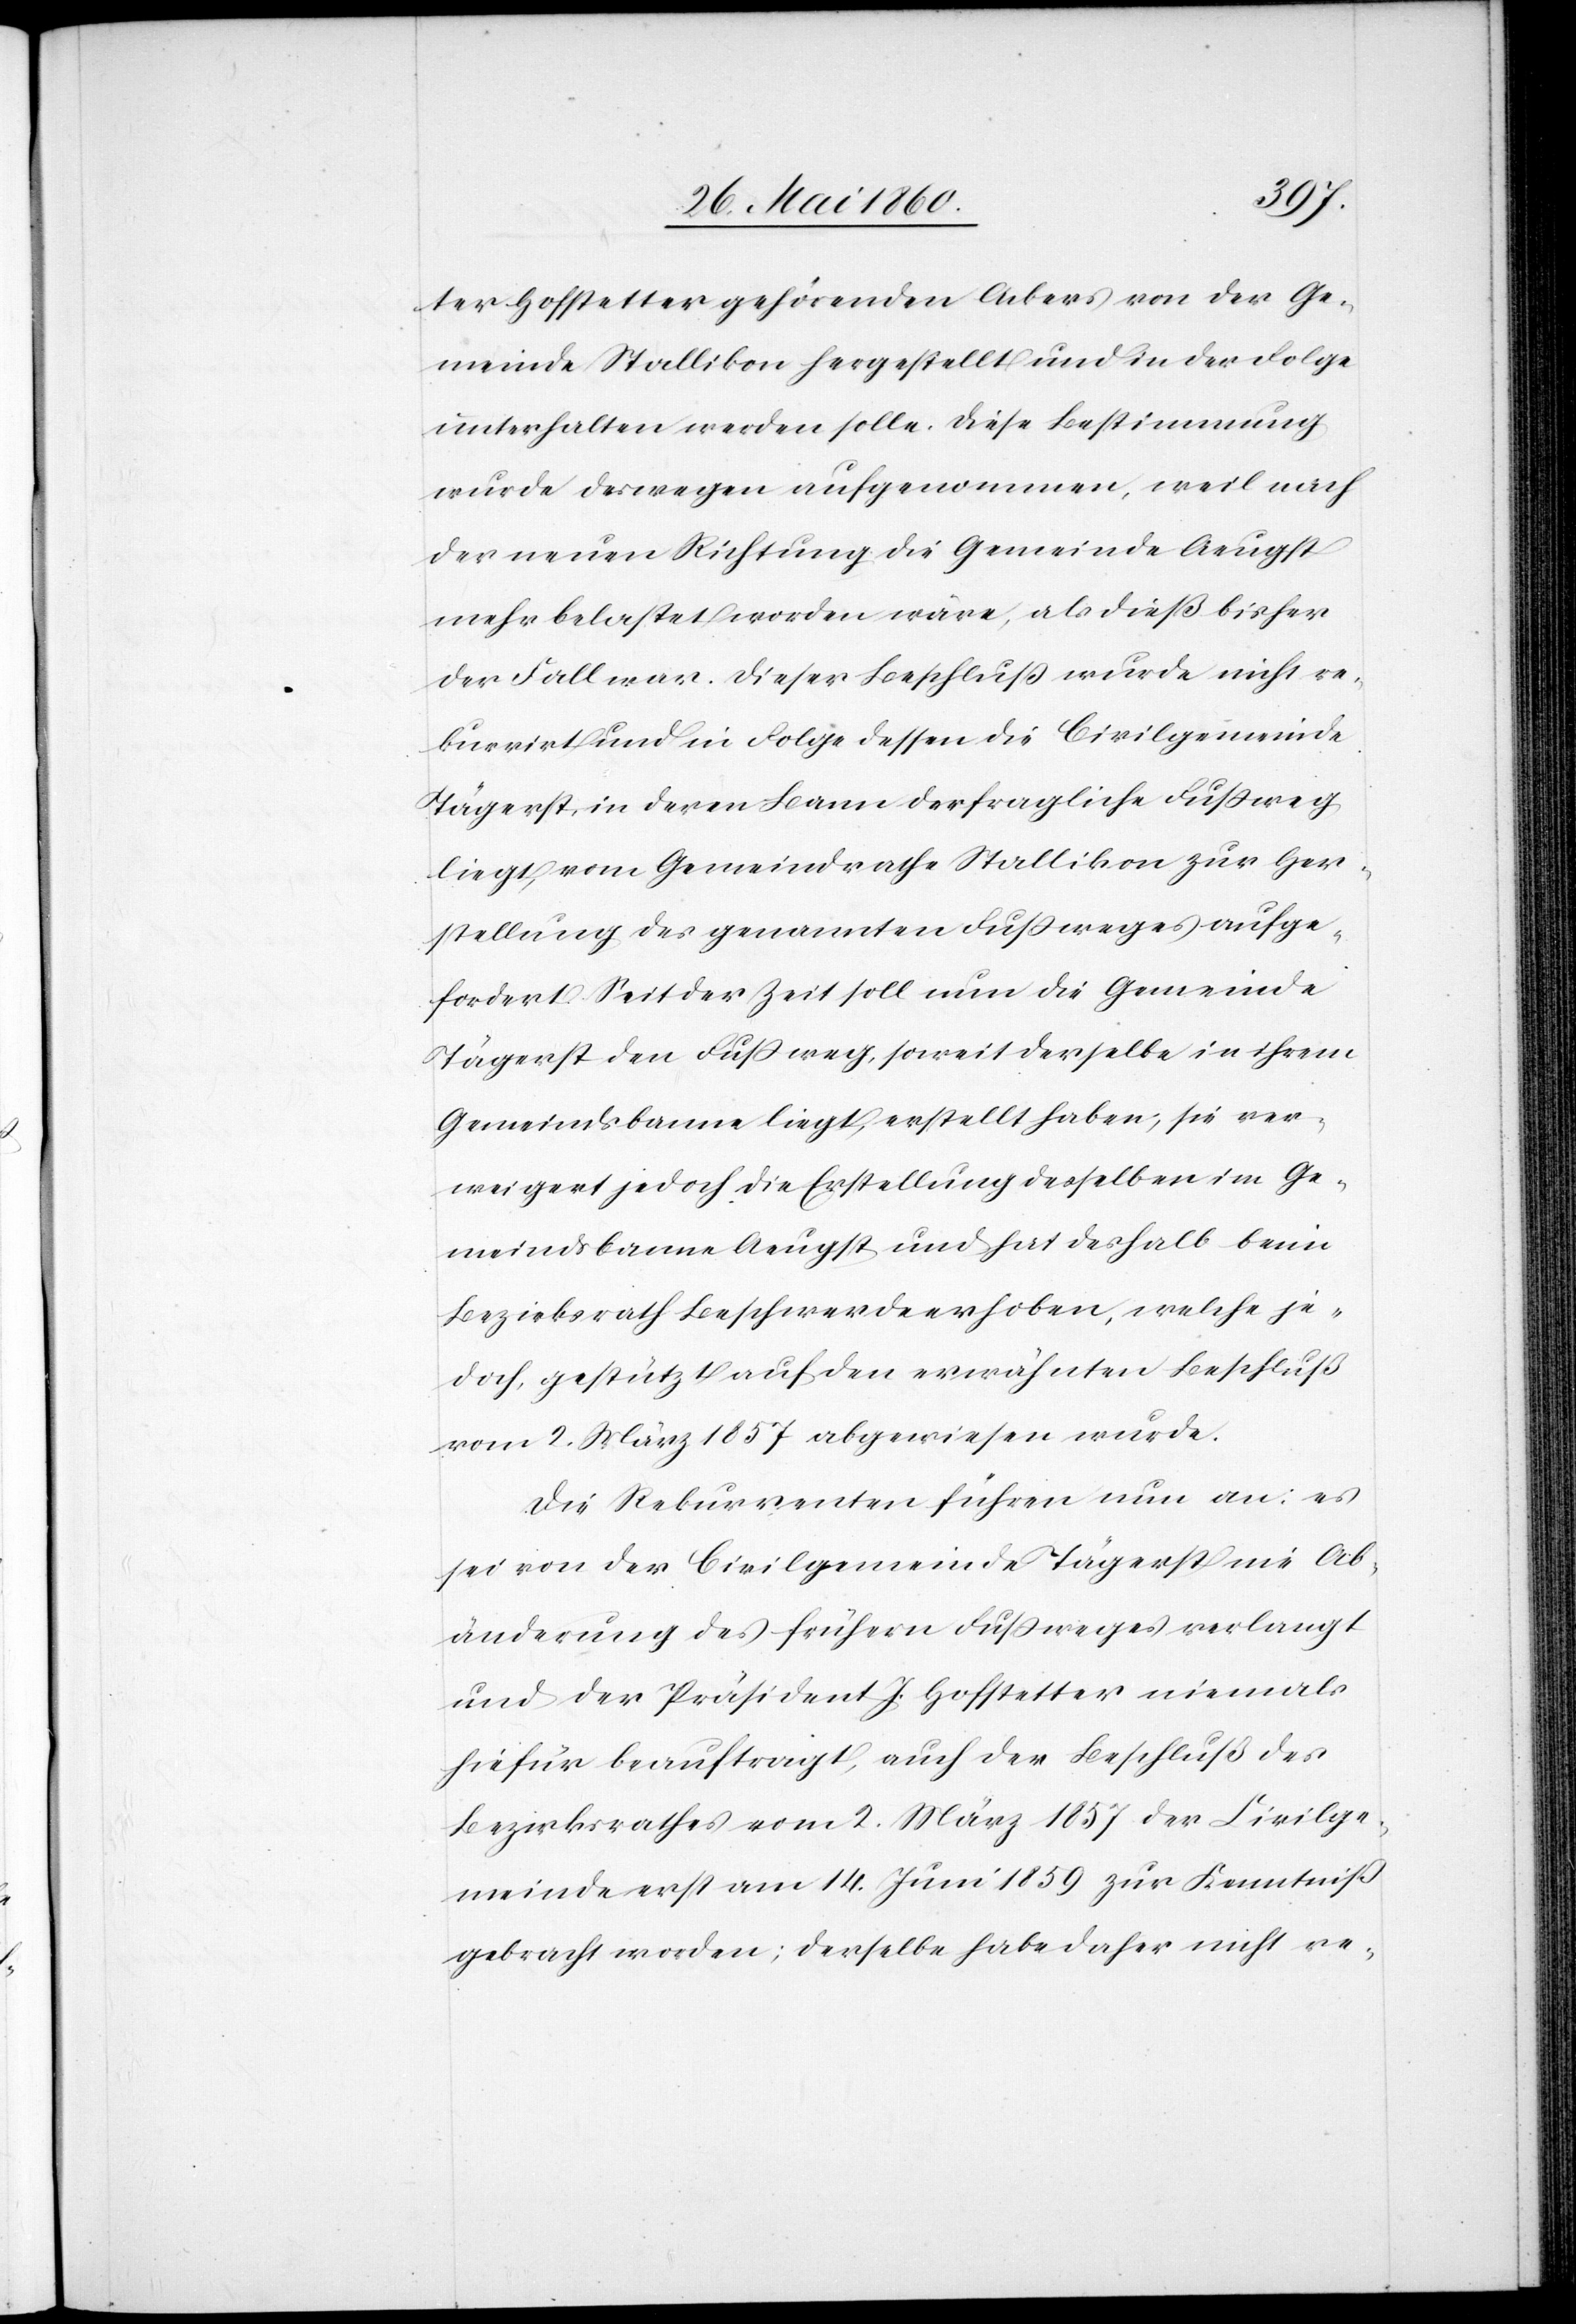
ter Hofstetter gehörenden Ackers von der Ge¬
meinde Stallikon hergestellt und in der Folge
unterhalten werden solle. Diese Bestimmung
wurde deswegen aufgenommen, weil nach
der neuen Richtung die Gemeinde Aeugst
mehr belastet worden wäre, als dieß bisher
der Fall war. Dieser Beschluss wurde nicht re¬
kurrirt und in Folge dessen die Civilgemeinde
Tägerst, in deren Bann der fragliche Fussweg
liegt, vom Gemeindrathe Stallikon zur Her¬
stellung des genannten Fussweges aufge¬
fordert. Seit der Zeit soll nun die Gemeinde
Tägerst den Fussweg, soweit derselbe in ihrem
Gemeindsbanne liegt, erstellt haben, sie ver¬
weigert jedoch die Erstellung desselben im Ge¬
meindsbanne Aeugst und hat deshalb beim
Bezirksrath Beschwerde erhoben, welche je¬
doch, gestützt auf den erwähnen Beschluß
vom 2. März 1857 abgewiesen wurde.
Die Rekurrenten führen nun an: es
sei von der Civilgemeinde Tägerst nie Ab¬
änderung des frühern Fußweges verlangt
und der Präsident J. Hofstetter niemals
hiefür beauftragt, auch der Beschluß des
Bezirksrathes vom 2. März 1857 der Civilge¬
meinde erst am 14. Juni 1859 zur Kenntniss
gebracht worden; derselbe habe daher nicht re-